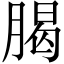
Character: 𦝲